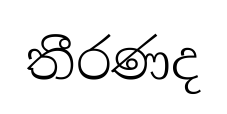
තීරණද